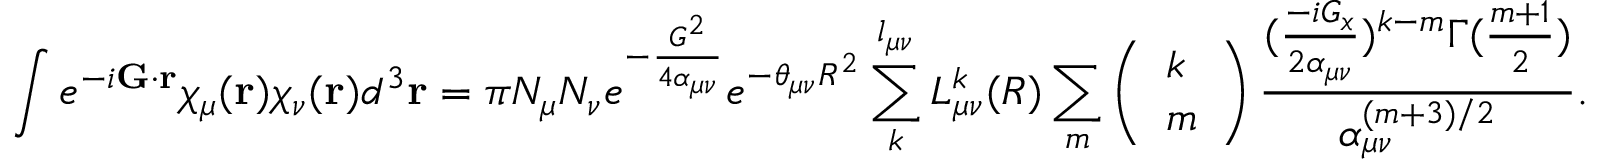
\int e ^ { - i \mathbf { G } \cdot \mathbf { r } } \chi _ { \mu } ( \mathbf { r } ) \chi _ { \nu } ( \mathbf { r } ) d ^ { 3 } \mathbf { r } = \pi N _ { \mu } N _ { \nu } e ^ { - \frac { G ^ { 2 } } { 4 \alpha _ { \mu \nu } } } e ^ { - \theta _ { \mu \nu } R ^ { 2 } } \sum _ { k } ^ { l _ { \mu \nu } } L _ { \mu \nu } ^ { k } ( R ) \sum _ { m } \left( \begin{array} { l } { k } \\ { m } \end{array} \right) \frac { ( \frac { - i G _ { x } } { 2 \alpha _ { \mu \nu } } ) ^ { k - m } \Gamma ( \frac { m + 1 } { 2 } ) } { \alpha _ { \mu \nu } ^ { ( m + 3 ) / 2 } } .